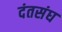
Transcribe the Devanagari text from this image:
दंतसंघ